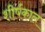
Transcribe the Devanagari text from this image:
शीर्षकाल